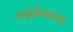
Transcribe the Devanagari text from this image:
चढ़नेवाला